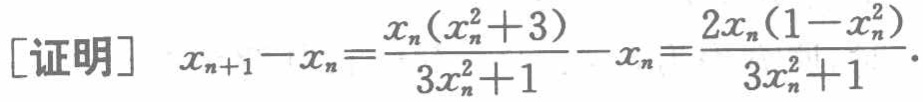
[证明] \(x_{n + 1} - x_{n} = \frac{x_{n}(x_{n}^{2} + 3)}{3x_{n}^{2} + 1} - x_{n} = \frac{2x_{n}(1 - x_{n}^{2})}{3x_{n}^{2} + 1}\).